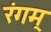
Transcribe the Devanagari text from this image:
रंगम्